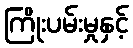
ကြိုးပမ်းမှုနှင့်